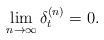
LaTeX: \begin{align*}\lim_{n \to \infty} \delta_t^{(n)} = 0.\end{align*}